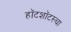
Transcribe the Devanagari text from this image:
हॉटशॉटस्चा